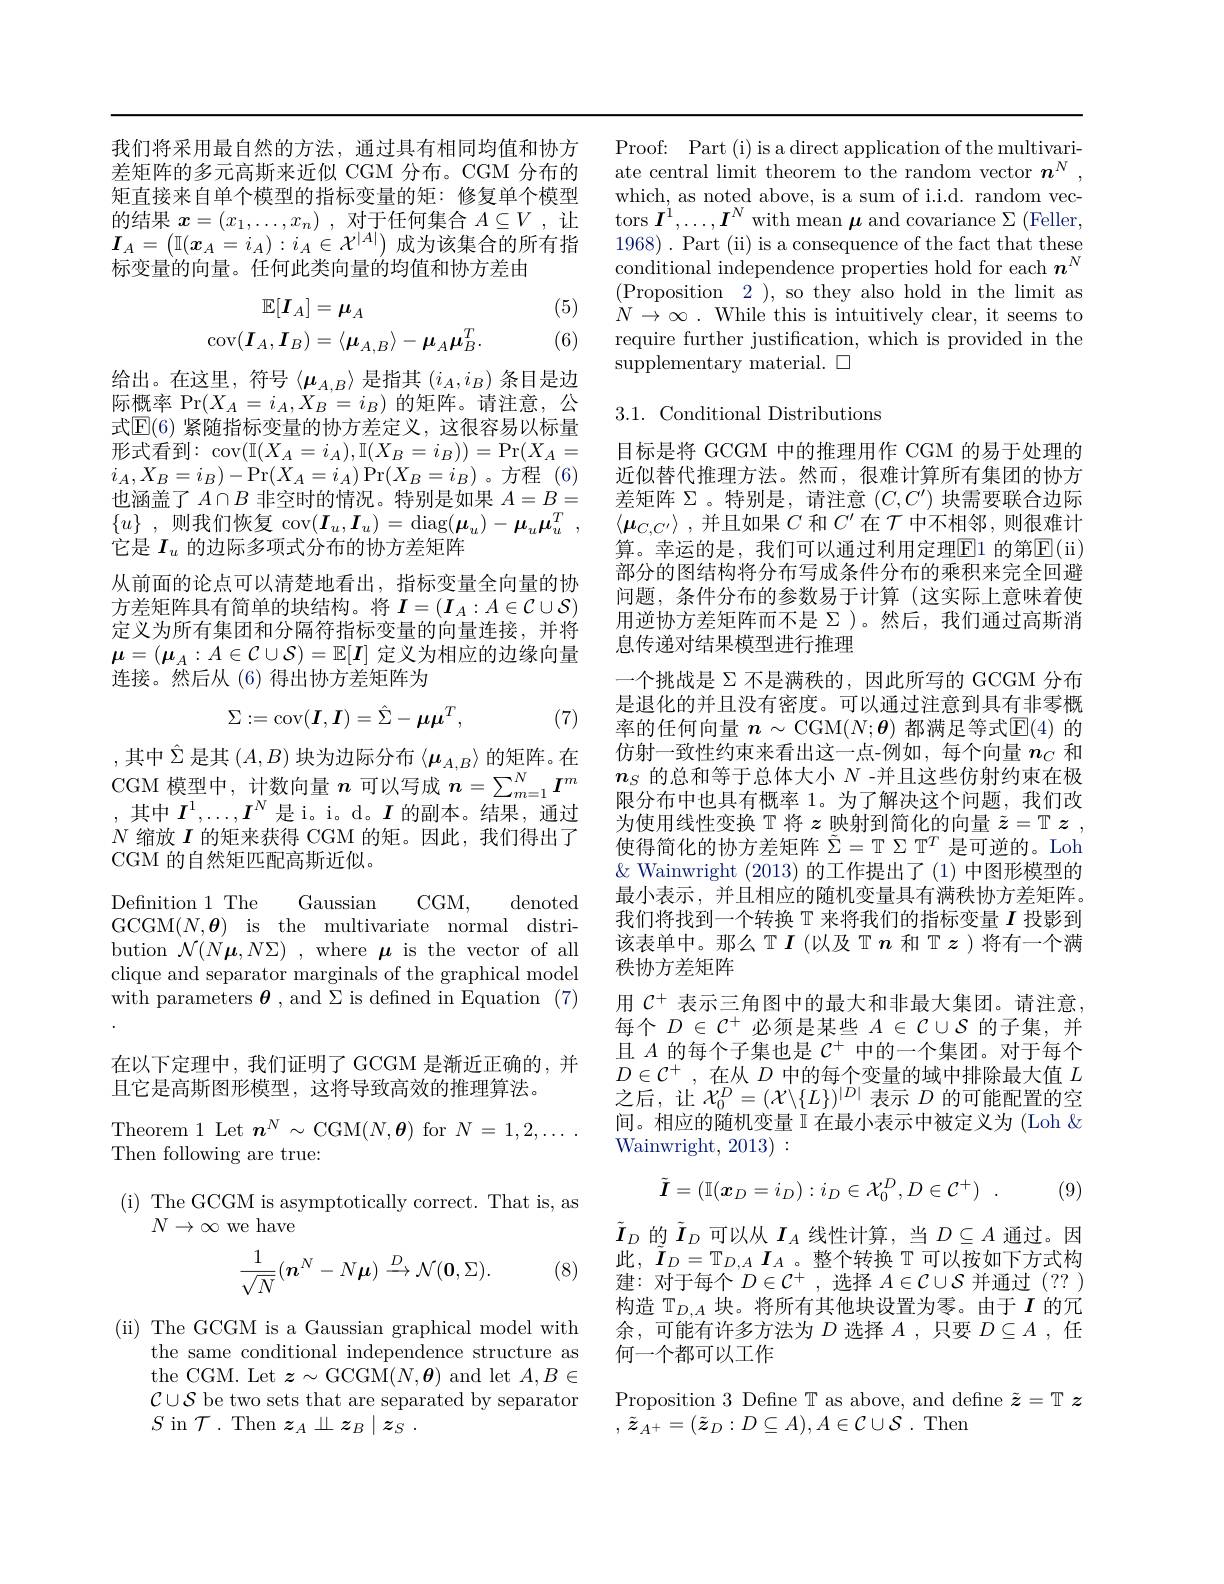
我们将采用最自然的方法，通过具有相同均值和协方差矩阵的多元高斯来近似 CGM 分布。CGM 分布的矩直接来自单个模型的指标变量的矩：修复单个模型的结果$x= ( x_1, \ldots , x_n)$ ,对于任何集合$A\subseteq V$ ,让$\boldsymbol{I}_A=\left(\mathbb{I}(\boldsymbol{x}_A=i_A):i_A\in\mathcal{X}^{|A|}\right)$成为该集合的所有指标变量的向量。任何此类向量的均值和协方差由

(5) (6)
$$\begin{aligned}\mathbb{E}[\boldsymbol{I}_A]&=\boldsymbol{\mu}_A\\\operatorname{cov}(\boldsymbol{I}_A,\boldsymbol{I}_B)&=\langle\boldsymbol{\mu}_{A,B}\rangle-\boldsymbol{\mu}_A\boldsymbol{\mu}_B^T.\end{aligned}$$
给 出 。在 这 里 , 符 号 $\left \langle \boldsymbol{\mu }_{A, B}\right \rangle$是 指 其 $\left ( i_A, i_B\right )$条 目 是 边 一 个 一 个际概率$\Pr(X_A=i_A,X_B^{\prime}=i_B)$的矩阵。请注意，公式$\mathbb{E}(6)$ 紧随指标变量的协方差定义，这很容易以标量形式看到：cov$(\mathbb{I}(X_A=i_A),\mathbb{I}(X_B=i_B))=\Pr(X_A=$ $i_{A},X_{B}=i_{B})-$Pr$(X_{A}=i_{A})$Pr$(X_{B}=i_{B})$。方程 (6) 也涵盖了$A\cap B$非空时的情况。特别是如果$A=B_-$ $\{ u\}$ , 则我们恢复 cov$(\boldsymbol I_u,\boldsymbol I_u)=$diag$(\boldsymbol\mu_u)-\boldsymbol\mu_u\boldsymbol\mu_u^T$ 它是$I_u$的边际多项式分布的协方差矩阵
从前面的论点可以清楚地看出，指标变量全向量的协方差矩阵具有简单的块结构。将$\boldsymbol{I}=(\boldsymbol{I}_A:A\in\mathcal{C}\cup\mathcal{S})$ 定义为所有集团和分隔符指标变量的向量连接，并将$\boldsymbol{\mu}=(\boldsymbol{\mu}_A:A\in\mathcal{C}\cup\mathcal{S})=\mathbb{E}[\boldsymbol{I}]$定义为相应的边缘向量连接。然后从(6)得出协方差矩阵为
$$\Sigma:=\operatorname{cov}(I,I)=\hat{\Sigma}-\boldsymbol{\mu}\boldsymbol{\mu}^T,$$
(7)

,其中$\hat{\Sigma}$是其$\left(A,B\right)$块为边际分布$\left \langle \boldsymbol{\mu }_{A, B}\right \rangle$的 矩 阵 。在 CGM 模型中，计数向量$n$可以写成$n=\sum_{m=1}^N\boldsymbol{I}^m$ ,其中$I^1,\ldots,I^N$是 i。i。d。$I$的副本。结果，通过$N$缩放$I$的矩来获得 CGM 的矩。因此，我们得出了CGM 的自然矩匹配高斯近似。

Defnition 1 The Gaussian CGM, denoted GCGM$( N, \boldsymbol{\theta })$ is the multivariate normal distribution $\mathcal{N}(N\boldsymbol{\mu},N\Sigma)$ , where $\boldsymbol{\mu}$ is the vector of all clique and separator marginals of the graphical model with parameters $\boldsymbol{\theta}$, and $\Sigma$ is defned in Equation (7) 在以下定理中，我们证明了 GCGM 是渐近正确的，并且它是高斯图形模型，这将导致高效的推理算法。
Theorem 1 Let $\boldsymbol{n}^N\sim$CGM$(N,\boldsymbol{\theta})$ for $N=1,2,\ldots$

Then following are true:

( i) The GCGM is asymptotically correct. That is, as

$N\to\infty$ we have

(8)
$$\begin{aligned}\frac{1}{\sqrt{N}}(\boldsymbol{n}^{N}-N\boldsymbol{\mu})&\stackrel{D}{\to}\mathcal{N}(\boldsymbol{0},\Sigma).\end{aligned}$$
(ii) The GCGM is a Gaussian graphical model with
the same conditional independence structure as the CGM. Let $\boldsymbol{z}\sim$GCGM$(N,\boldsymbol{\theta})$ and let $A,B\in$ $\mathcal{C}\cup\mathcal{S}$ be two sets that are separated by separator $S$ in $\mathcal{T}.$ Then $z_A\perp z_B\mid z_S.$

Proof: Part (i) is a direct application of the multivariate central limit theorem to the random vector $n^N$ which, as noted above, is a sum of i.i.d. random vectors $I^{\prime},\ldots,I^{N}$ with mean $\mu$ and covariance $\Sigma$ (Feller, 1968). Part (ii) is a consequence of the fact that these conditional independence properties hold for each $n^N$ (Proposition 2),so they also hold in the limit as $\dot{N} \to \infty$ . While this is intuitively clear, it seems to require further justification, which is provided in the supplementary material. $\square$

## 3.1. Conditional Distributions

目标是将 GCGM 中的推理用作 CGM 的易于处理的近似替代推理方法。然而，很难计算所有集团的协方差矩阵$\Sigma$。特别是，请注意 $(C,C^\prime)$ 块需要联合边际$\langle \boldsymbol{\mu }_{C, C^{\prime }}\rangle$ ,并且如果$C$和$C^\prime$在$\mathcal{T}$中不相邻，则很难计算。幸运的是，我们可以通过利用定理$\overline{\mathrm{E}}1$ 的第$\overline{\mathrm{E}}($ii) 部分的图结构将分布写成条件分布的乘积来完全回避问题，条件分布的参数易于计算(这实际上意味着使用逆协方差矩阵而不是$\Sigma$ )。然后，我们通过高斯消息传递对结果模型进行推理
一个挑战是$\Sigma$不是满秩的，因此所写的 GCGM 分布是退化的并且没有密度。可以通过注意到具有非零概率的任何向量$n\sim\operatorname{CGM}(N;\boldsymbol{\theta})$都满足等式$\operatorname{E}(4)$的仿射一致性约束来看出这一点-例如，每个向量$n_C$和$n_S$的总和等于总体大小$N$ -并且这些仿射约束在极限分布中也具有概率 1。为了解决这个问题，我们改为使用线性变换 T 将$z$映射到简化的向量$\tilde{z}=\mathbb{T}$ $z$, 使得简化的协方差矩阵$\tilde{\Sigma}=\mathbb{T}\Sigma\mathbb{T}^T$是可逆的。Loh $\&$ Wainwright (2013)的工作提出了(1)中图形模型的最小表示，并且相应的随机变量具有满秩协方差矩阵。我们将找到一个转换$\mathbb{T}$来将我们的指标变量$I$投影到该表单中。那么$\mathbb{T}I$ (以及$\mathbb{T}n$和$\mathbb{T}z$ )将有一个满秩协方差矩阵
用$\mathcal{C}^+$表示三角图中的最大和非最大集团。请注意， 每个$D\in\mathcal{C}^+$必须是某些$A\in\mathcal{C}\cup\mathcal{S}$的子集，并且$A$的每个子集也是$C^+$中的一个集团。对于每个$D\in\mathcal{C}^+$,在从$D$中的每个变量的域中排除最大值$L$ 之后，让$\mathcal{X}_0^D=(\mathcal{X}\backslash\{L\})^{|D|}$表示$D$的可能配置的空间。相应的随机变量 II 在最小表示中被定义为 (Loh & Wainwright, 2013) :
$$\tilde{\boldsymbol{I}}=(\mathbb{I}(\boldsymbol{x}_D=i_D):i_D\in\mathcal{X}_0^D,D\in\mathcal{C}^+)\:.$$
(9)

$\tilde{I}_{D}$的$\tilde{I}_{D}$可以从$I_A$线性计算，当$D\subseteq A$通过。因此$,\tilde{\boldsymbol{I}}_D=\mathbb{T}_{D,A}\boldsymbol{I}_A$。整个转换 $\mathcal{T}$ 可以按如下方式构建：对于每个$D\in\mathcal{C}^+$,选择$A\in\mathcal{C}\cup\mathcal{S}$并通过(?? ) 构造$\mathbb{T}_D,A$块。将所有其他块设置为零。由于$I$的冗余，可能有许多方法为$D$选择$A$ ,只要$D\subseteq A$ ,任何一个都可以工作

Proposition 3 Define T as above, and define $\tilde{\boldsymbol{z}}=\mathbb{T}\boldsymbol{z}$
$,\tilde{z}_{A^{+}}=(\tilde{\boldsymbol{z}}_{D}:D\subseteq A),A\in\mathcal{C}\cup\mathcal{S}.$Then